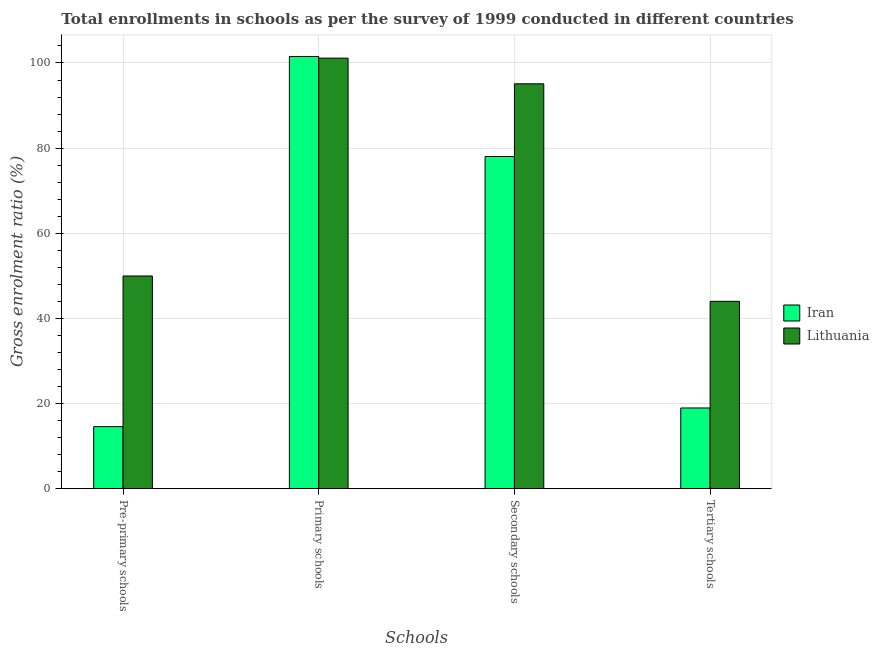
| Schools | Iran | Lithuania |
 | --- | --- | --- |
 | Pre-primary schools | 14.6 | 50 |
 | Primary schools | 102 | 101 |
 | Secondary schools | 78 | 95.1 |
 | Tertiary schools | 19 | 44 |